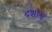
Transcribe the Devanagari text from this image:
दशाश्व